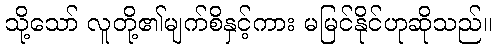
သို့သော် လူတို့၏မျက်စိနှင့်ကား မမြင်နိုင်ဟုဆိုသည်။